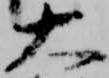
大